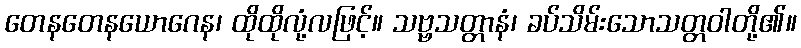
တေနတေနယောဂေန၊ ထိုထိုလုံ့လဖြင့်။ သဗ္ဗသတ္တာနံ၊ ခပ်သိမ်းသောသတ္တဝါတို့၏။